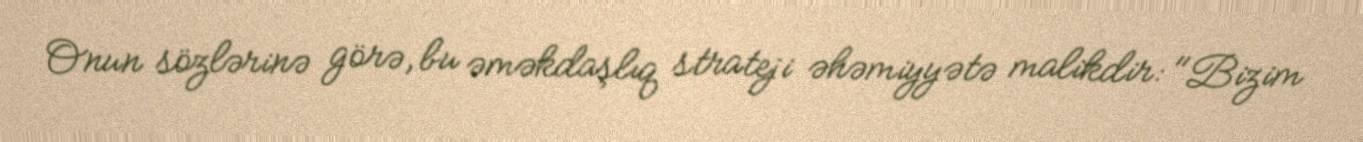
Onun sözlərinə görə, bu əməkdaşlıq strateji əhəmiyyətə malikdir: "Bizim